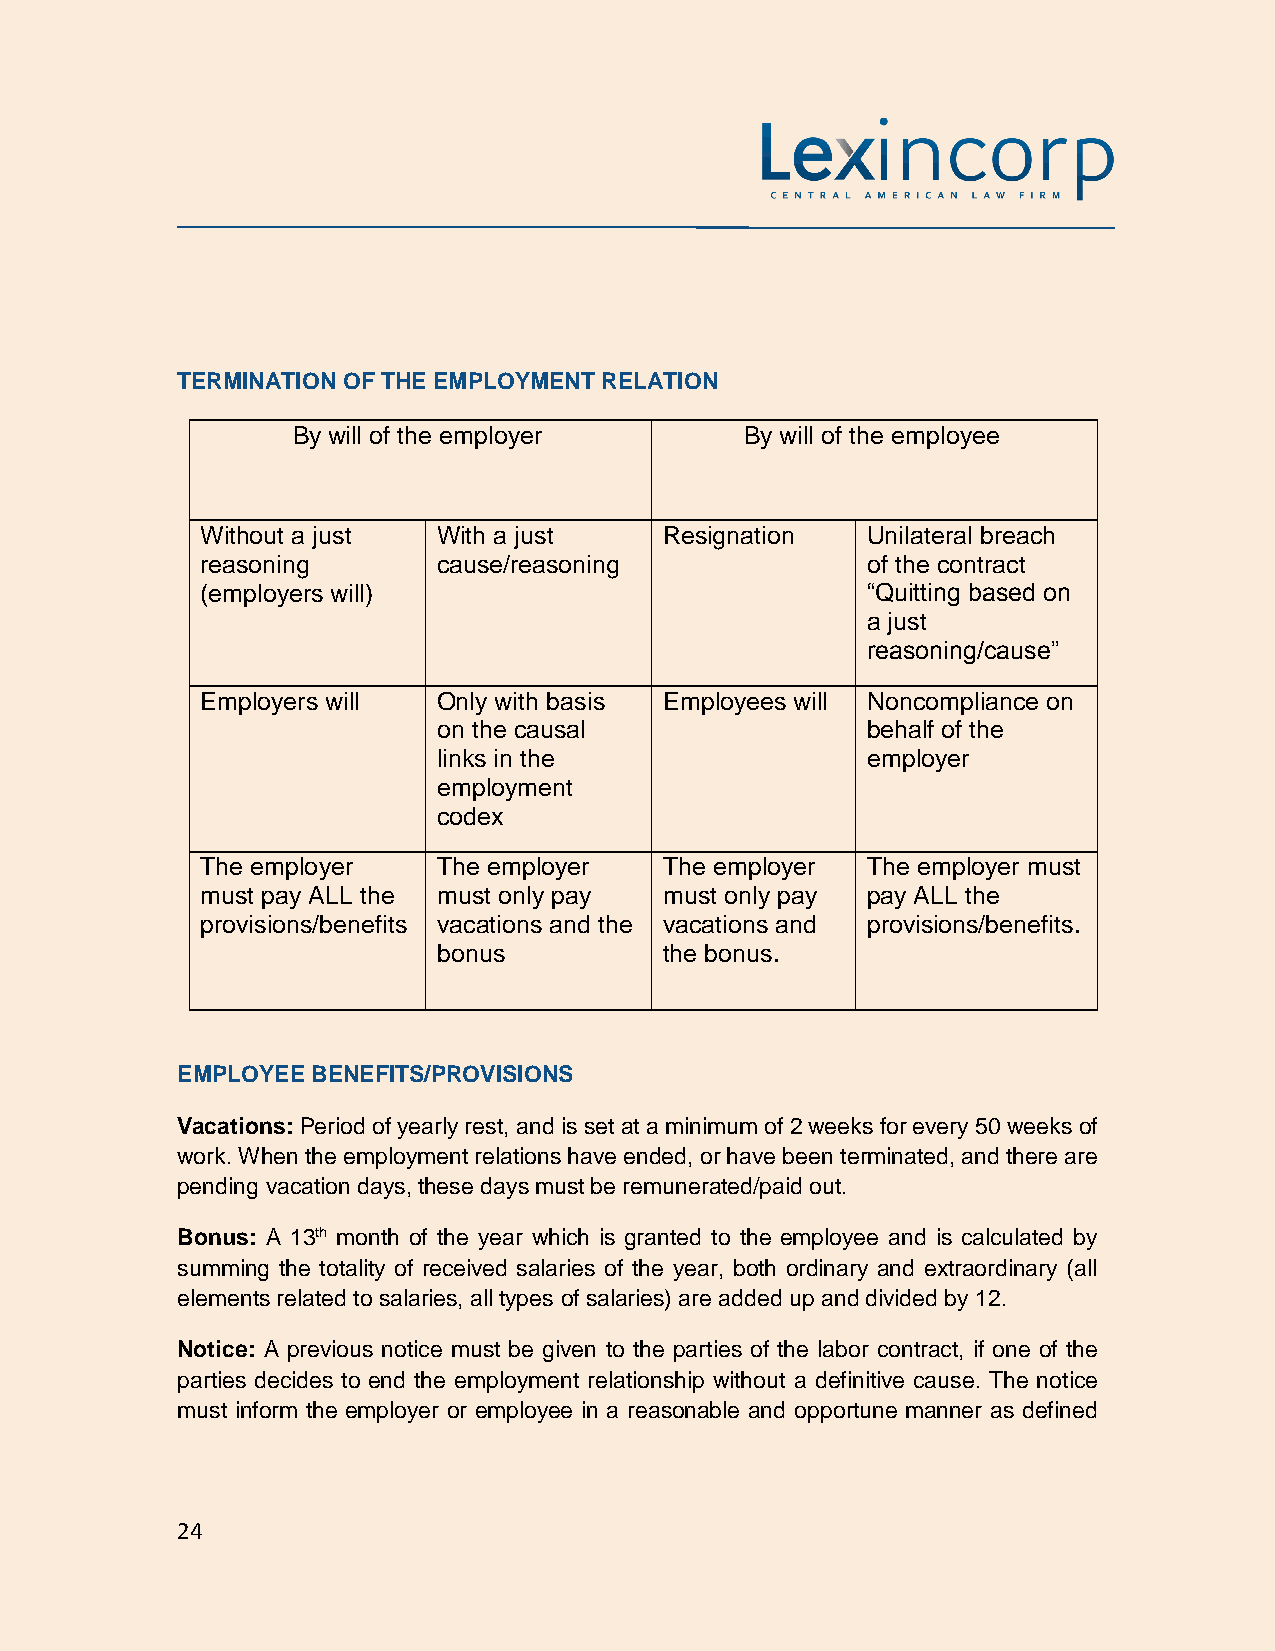
TERMINATION OF THE EMPLOYMENT RELATION
 By will of the employer       By will of the employee
 Without a just  With a just    Resignation  Unilateral breach
 reasoning       cause/reasoning             of the contract
 (employers will)                            “Quitting based on
 a just
 reasoning/cause”
 Employers will  Only with basis Employees will Noncompliance on
 on the causal               behalf of the
 links in the                employer
 employment
 codex
 The employer    The employer   The employer The employer must
 must pay ALL the must only pay must only pay pay ALL the
 provisions/benefits vacations and the vacations and provisions/benefits.
 bonus          the bonus.
 EMPLOYEE BENEFITS/PROVISIONS
 Vacations: Period of yearly rest, and is set at a minimum of 2 weeks for every 50 weeks of
 work. When the employment relations have ended, or have been terminated, and there are
 pending vacation days, these days must be remunerated/paid out.
 Bonus: A 13th month of the year which is granted to the employee and is calculated by
 summing the totality of received salaries of the year, both ordinary and extraordinary (all
 elements related to salaries, all types of salaries) are added up and divided by 12.
 Notice: A previous notice must be given to the parties of the labor contract, if one of the
 parties decides to end the employment relationship without a definitive cause. The notice
 must inform the employer or employee in a reasonable and opportune manner as defined
 24